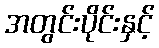
အတွင်းပိုင်းနှင့်